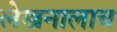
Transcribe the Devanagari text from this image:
लेखनालाच